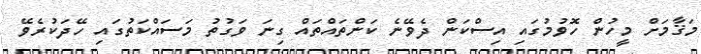
މަޤާމަށް މީހުން ހޮވުމުގައި އިސްކަން ދެވޭނެ ކަންތައްތައް ގިނަ ވަގުތު މަސައްކަތުގައި ހޭދަކުރެވޭ